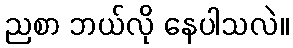
ညစာ ဘယ်လို နေပါသလဲ။